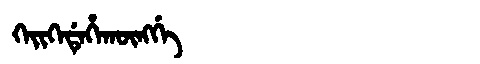
Manchu: ᡴᡝᡳᡴᡝᡩᡝᡥᠠᡴᡡᠩᡤᡝ
Romanization: KEIKEDEHAKŪNGGE